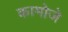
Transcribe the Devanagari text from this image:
कामोजे